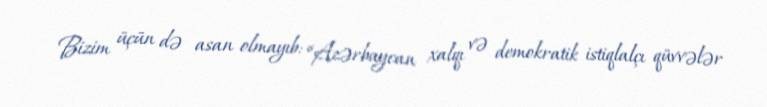
Bizim üçün də asan olmayıb: “Azərbaycan xalqı və demokratik istiqlalçı qüvvələr